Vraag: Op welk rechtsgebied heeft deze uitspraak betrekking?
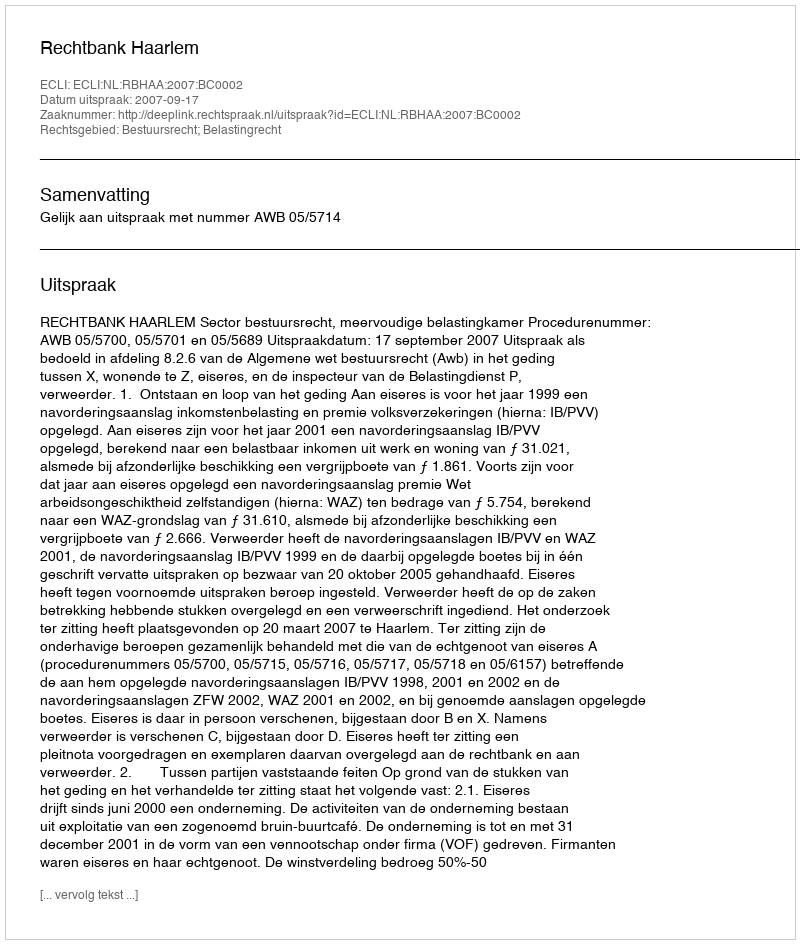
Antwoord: Bestuursrecht; Belastingrecht